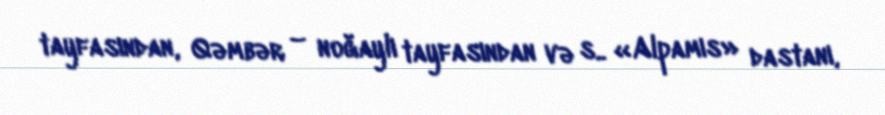
tayfasından, Qəmbər – noğaylı tayfasından və s.. «Alpamıs» dastanı,